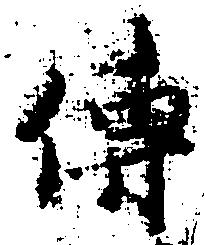
伝